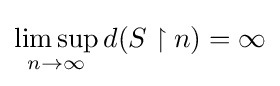
\limsup _{n\to \infty }d(S\upharpoonright n)=\infty